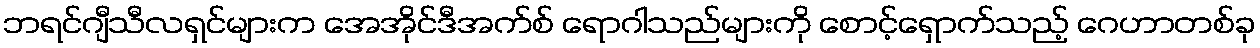
ဘရင်ဂျီသီလရှင်များက အေအိုင်ဒီအက်စ် ရောဂါသည်များကို စောင့်ရှောက်သည့် ဂေဟာတစ်ခု